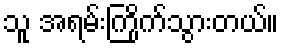
သူ အရမ်းကြိုက်သွားတယ်။